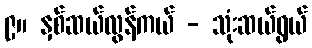
၉။ နှစ်ဆယ်လွန်ကယ် - သုံးဆယ်ရွယ်